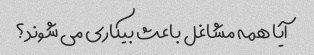
آیا همه مشاغل باعث بیکاری می شوند؟